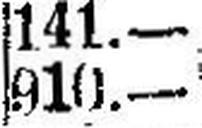
910.—